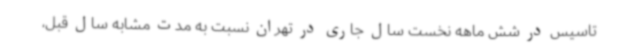
تاسیس در شش ماهه نخست سال جاری در تهران نسبت به مدت مشابه سال قبل،